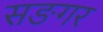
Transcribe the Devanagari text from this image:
सङगर